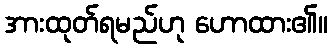
အားထုတ်ရမည်ဟု ဟောထား၏။